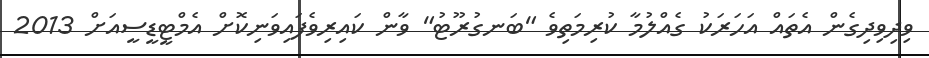
ވިދިވިދިގެން އެތައް އަހަރަކު ގެއްލުމާ ކުރިމަތިވެ "ބަނގުރޫޓު" ވާން ކައިރިވެފައިވަނިކޮށް އެމްޓީޑީސީއަށް 2013